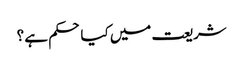
شریعت میں کیا حکم ہے ؟